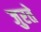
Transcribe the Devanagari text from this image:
जुरते